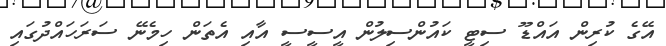
އޭގެ ކުރިން އައްޑޫ ސިޓީ ކައުންސިލުން އީސީސީ އާއި އެތަން ހިމެނޭ ސަރަހައްދުގައި